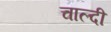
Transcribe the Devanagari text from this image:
चाल्दी